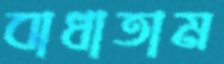
বাধাতাম